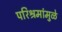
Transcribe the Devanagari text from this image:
परिश्रमांमुळे